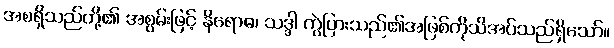
အစရှိသည်တို့၏ အစွမ်းဖြင့် နိရောဓ၊ သဒ္ဒါ ကွဲပြားသည်၏အဖြစ်ကိုသိအပ်သည်ရှိသော်။